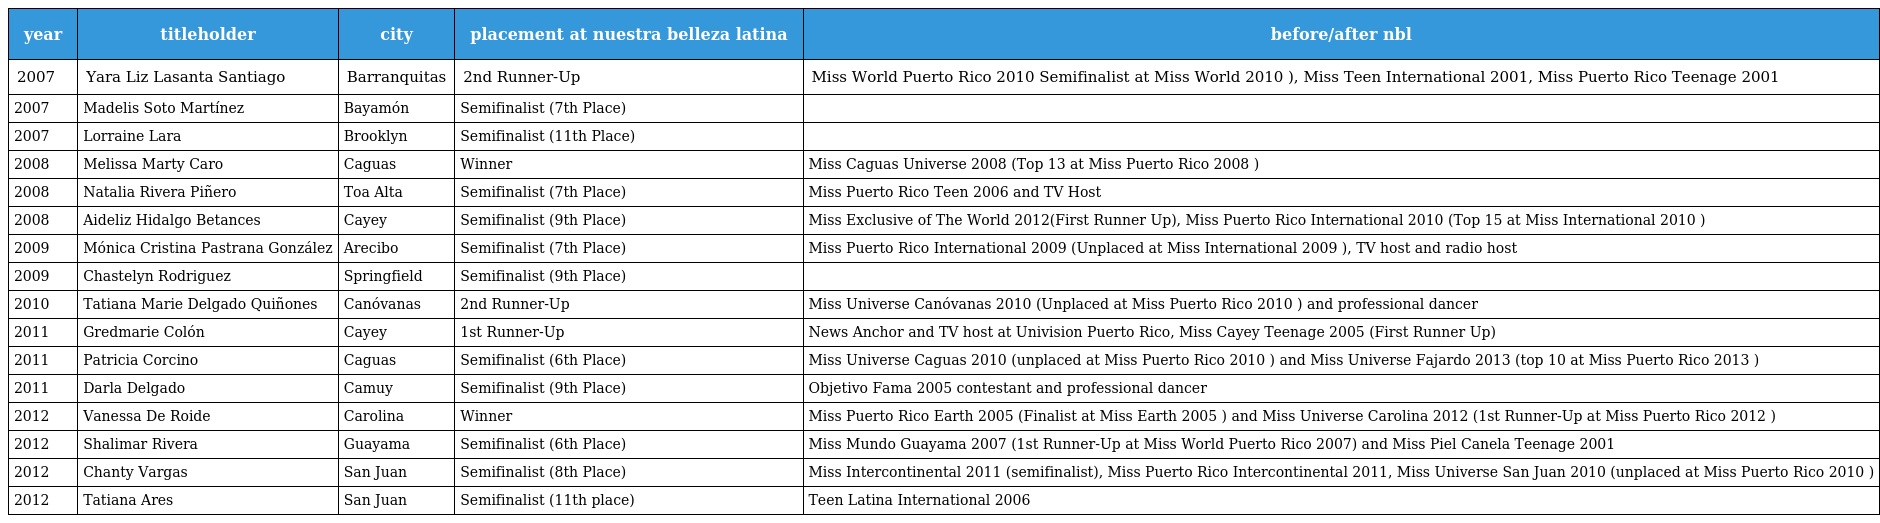
| year | titleholder | city | placement at nuestra belleza latina | before/after nbl |
 | --- | --- | --- | --- | --- |
 | 2007 | Yara Liz Lasanta Santiago | Barranquitas | 2nd Runner-Up | Miss World Puerto Rico 2010 Semifinalist at Miss World 2010 ), Miss Teen International 2001, Miss Puerto Rico Teenage 2001 |
 | 2007 | Madelis Soto Martínez | Bayamón | Semifinalist (7th Place) |  |
 | 2007 | Lorraine Lara | Brooklyn | Semifinalist (11th Place) |  |
 | 2008 | Melissa Marty Caro | Caguas | Winner | Miss Caguas Universe 2008 (Top 13 at Miss Puerto Rico 2008 ) |
 | 2008 | Natalia Rivera Piñero | Toa Alta | Semifinalist (7th Place) | Miss Puerto Rico Teen 2006 and TV Host |
 | 2008 | Aideliz Hidalgo Betances | Cayey | Semifinalist (9th Place) | Miss Exclusive of The World 2012(First Runner Up), Miss Puerto Rico International 2010 (Top 15 at Miss International 2010 ) |
 | 2009 | Mónica Cristina Pastrana González | Arecibo | Semifinalist (7th Place) | Miss Puerto Rico International 2009 (Unplaced at Miss International 2009 ), TV host and radio host |
 | 2009 | Chastelyn Rodriguez | Springfield | Semifinalist (9th Place) |  |
 | 2010 | Tatiana Marie Delgado Quiñones | Canóvanas | 2nd Runner-Up | Miss Universe Canóvanas 2010 (Unplaced at Miss Puerto Rico 2010 ) and professional dancer |
 | 2011 | Gredmarie Colón | Cayey | 1st Runner-Up | News Anchor and TV host at Univision Puerto Rico, Miss Cayey Teenage 2005 (First Runner Up) |
 | 2011 | Patricia Corcino | Caguas | Semifinalist (6th Place) | Miss Universe Caguas 2010 (unplaced at Miss Puerto Rico 2010 ) and Miss Universe Fajardo 2013 (top 10 at Miss Puerto Rico 2013 ) |
 | 2011 | Darla Delgado | Camuy | Semifinalist (9th Place) | Objetivo Fama 2005 contestant and professional dancer |
 | 2012 | Vanessa De Roide | Carolina | Winner | Miss Puerto Rico Earth 2005 (Finalist at Miss Earth 2005 ) and Miss Universe Carolina 2012 (1st Runner-Up at Miss Puerto Rico 2012 ) |
 | 2012 | Shalimar Rivera | Guayama | Semifinalist (6th Place) | Miss Mundo Guayama 2007 (1st Runner-Up at Miss World Puerto Rico 2007) and Miss Piel Canela Teenage 2001 |
 | 2012 | Chanty Vargas | San Juan | Semifinalist (8th Place) | Miss Intercontinental 2011 (semifinalist), Miss Puerto Rico Intercontinental 2011, Miss Universe San Juan 2010 (unplaced at Miss Puerto Rico 2010 ) |
 | 2012 | Tatiana Ares | San Juan | Semifinalist (11th place) | Teen Latina International 2006 |